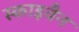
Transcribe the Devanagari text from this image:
स्काइवैन